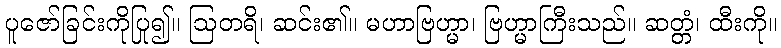
ပူဇော်ခြင်းကိုပြု၍။ ဩတရိ၊ ဆင်း၏။ မဟာဗြဟ္မာ၊ ဗြဟ္မာကြီးသည်။ ဆတ္တံ၊ ထီးကို။